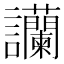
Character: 𧮧